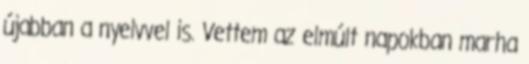
újabban a nyelvvel is. Vettem az elmúlt napokban marha